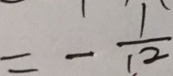
= - \frac { 1 } { 1 2 }